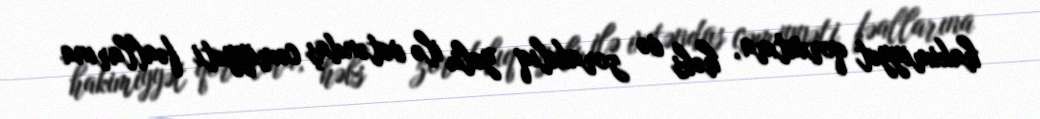
hakimiyyət qorxutma, həbs və zorakılıq yolu ilə vətəndaş cəmiyyəti fəallarına